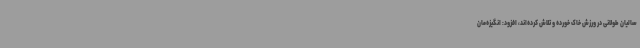
سالیان طولانی در ورزش خاک خورده و تلاش کرده‌اند، افزود: انگیزه‌مان